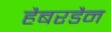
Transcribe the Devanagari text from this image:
हैबरडैन